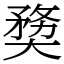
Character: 奦